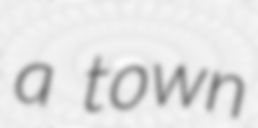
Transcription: a town